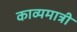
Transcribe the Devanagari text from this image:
काव्यमात्री